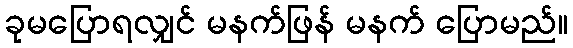
ခုမပြောရလျှင် မနက်ဖြန် မနက် ပြောမည်။